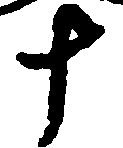
十